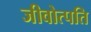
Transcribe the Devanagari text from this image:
जीवोत्पति